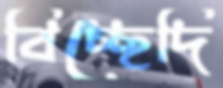
বিচ্ছেদি